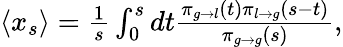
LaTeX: \begin{array}{r}{\langle x_{s}\rangle=\frac{1}{s}\int_{0}^{s}dt\frac{\pi_{g\to l}(t)\pi_{l\to g}(s-t)}{\pi_{g\to g}(s)},}\end{array}